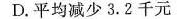
D.平均减少3.2千元